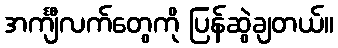
အင်္ကျီလက်တွေကို ပြန်ဆွဲချတယ်။